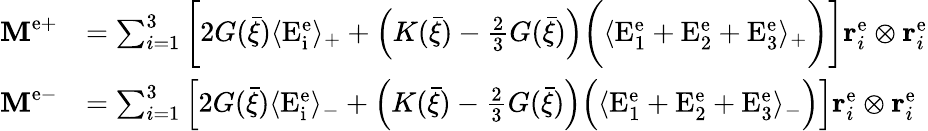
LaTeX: \begin{array}{rl}{\textbf{M}^{\mathrm{e+}}}&{=\sum_{i=1}^{3}\bigg[2G(\bar{\xi})\langle\mathrm{E}_{\mathrm{i}}^{\mathrm{e}}\rangle_{+}+\left(K(\bar{\xi})-\frac{2}{3}G(\bar{\xi})\right)\bigg(\langle\mathrm{E}_{1}^{\mathrm{e}}+\mathrm{E}_{2}^{\mathrm{e}}+\mathrm{E}_{3}^{\mathrm{e}}\rangle_{+}\bigg)\bigg]{\mathbf r}_{i}^{\mathrm{e}}\otimes{\mathbf r}_{i}^{\mathrm{e}}}\\ {\textbf{M}^{\mathrm{e-}}}&{=\sum_{i=1}^{3}\Big[2G(\bar{\xi})\langle\mathrm{E}_{\mathrm{i}}^{\mathrm{e}}\rangle_{-}+\Big(K(\bar{\xi})-\frac{2}{3}G(\bar{\xi})\Big)\Big(\langle\mathrm{E}_{1}^{\mathrm{e}}+\mathrm{E}_{2}^{\mathrm{e}}+\mathrm{E}_{3}^{\mathrm{e}}\rangle_{-}\Big)\Big]{\mathbf r}_{i}^{\mathrm{e}}\otimes{\mathbf r}_{i}^{\mathrm{e}}}\end{array}